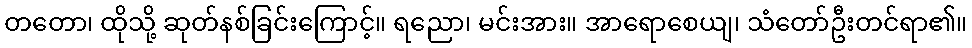
တတော၊ ထိုသို့ ဆုတ်နစ်ခြင်းကြောင့်။ ရညော၊ မင်းအား။ အာရောစေယျ၊ သံတော်ဦးတင်ရာ၏။